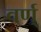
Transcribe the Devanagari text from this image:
वर्ण्